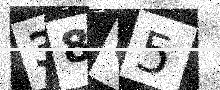
Text: 38G5